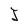
Character: J